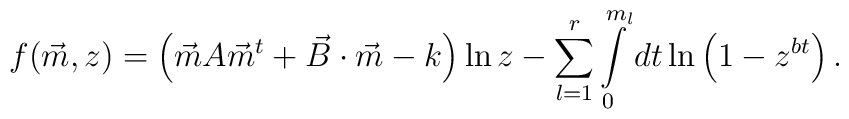
f(\vec{m},z)=\left( \vec{m}A\vec{m}^{t}+\vec{B}\cdot  \vec{m}-k\right) \ln z - \sum\limits_{l=1}^{r}\int\limits_{0}^{m_{l}}dt\ln \left( 1-z^{bt}\right) .